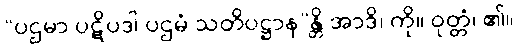
“ပဌမာ ပဋိပဒါ ပဌမံ သတိပဋ္ဌာန”န္တိ အာဒိ၊ ကို။ ဝုတ္တံ၊ ၏။